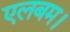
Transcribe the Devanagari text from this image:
एलबम।